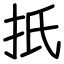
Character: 扺